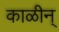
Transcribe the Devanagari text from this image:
काळीन्